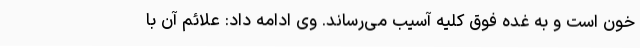
خون است و به غده فوق کلیه آسیب می‌رساند. وی ادامه داد: علائم آن با